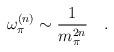
LaTeX: \begin{align*}\omega_{\pi}^{(n)}\sim \frac{1}{m_{\pi}^{2n}} \quad.\end{align*}